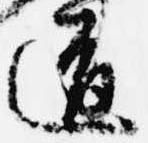
道